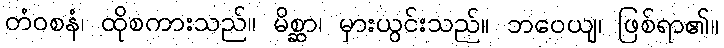
တံဝစနံ၊ ထိုစကားသည်။ မိစ္ဆာ၊ မှားယွင်းသည်။ ဘဝေယျ၊ ဖြစ်ရာ၏။